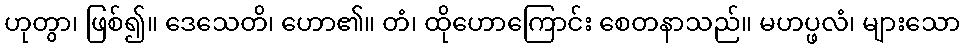
ဟုတွာ၊ ဖြစ်၍။ ဒေသေတိ၊ ဟော၏။ တံ၊ ထိုဟောကြောင်း စေတနာသည်။ မဟပ္ဖလံ၊ များသော